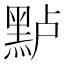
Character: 𱋶